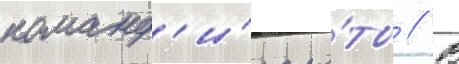
команд'и́ра ро́ты // В